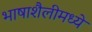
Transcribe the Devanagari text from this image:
भाषाशैलीमध्ये